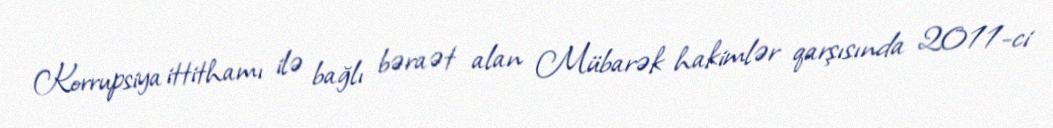
Korrupsiya ittithamı ilə bağlı bəraət alan Mübarək hakimlər qarşısında 2011-ci